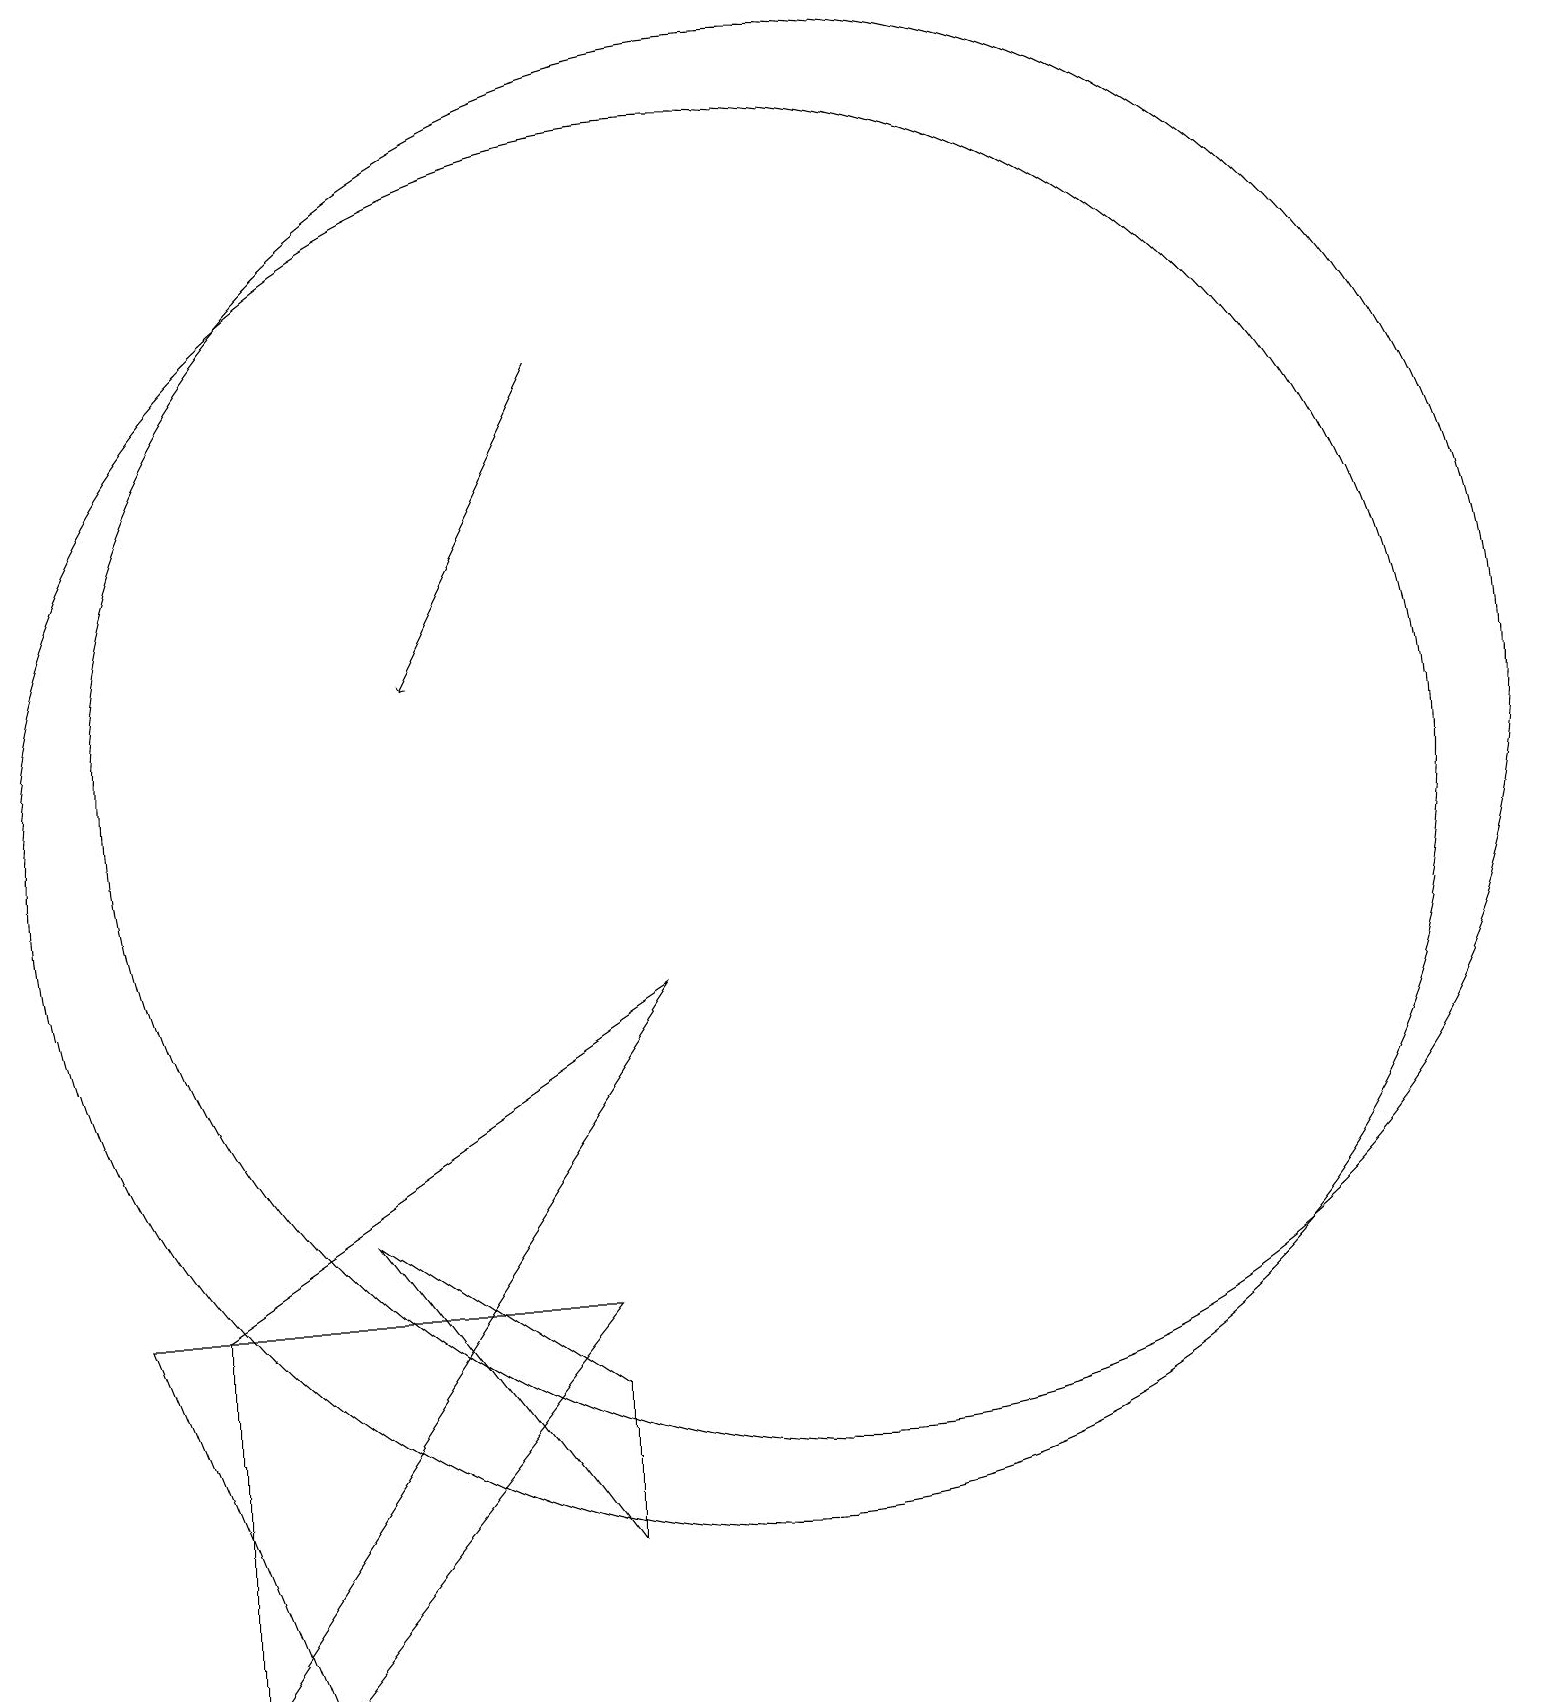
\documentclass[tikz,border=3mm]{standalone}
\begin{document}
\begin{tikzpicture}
\draw[->] (8,17) -- (6,13);
\draw (3,0) -- (3,5) -- (9,9) -- cycle;
\draw (4,0) -- (8,5) -- (2,5) -- cycle;
\draw (11,12) circle (9);
\draw (5,6) -- (8,2) -- (8,4) -- cycle;
\draw (10,11) circle (9);
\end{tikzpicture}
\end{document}